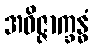
အဝိဇ္ဇာက္ခန္ဓံ